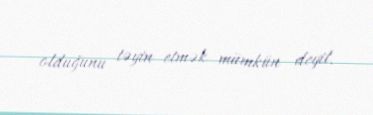
olduğunu təyin etmək mümkün deyil.